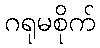
ဂရုမစိုက်